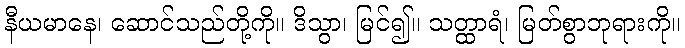
နီယမာနေ၊ ဆောင်သည်တို့ကို။ ဒိသွာ၊ မြင်၍။ သတ္ထာရံ၊ မြတ်စွာဘုရားကို။